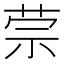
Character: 𰱈